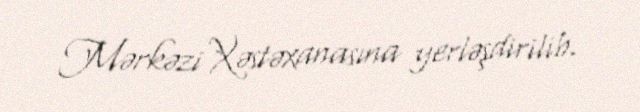
Mərkəzi Xəstəxanasına yerləşdirilib.